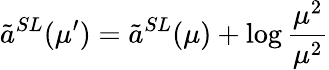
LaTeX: \tilde{a}^{SL}(\mu^{\prime})=\tilde{a}^{SL}(\mu)+\log\frac{\mu^{2}}{\mu^{2}}